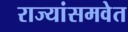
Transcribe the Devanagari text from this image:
राज्यांसमवेत